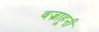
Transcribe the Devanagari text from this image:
वज्राहूनी